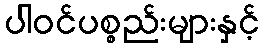
ပါဝင်ပစ္စည်းများနှင့်